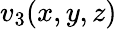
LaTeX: v_{3}(x,y,z)